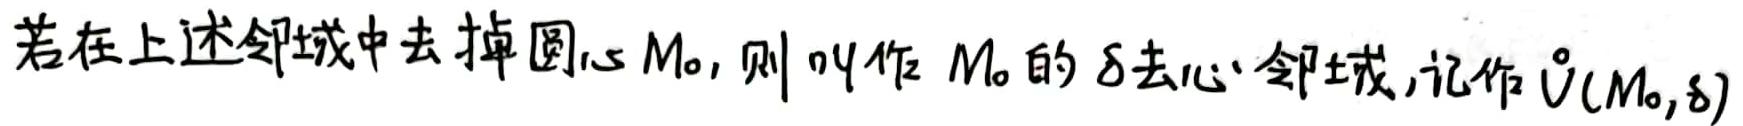
若在上述邻域中去掉圆心$M_0$，则叫作$M_0$的$\delta$去心邻域,记作$\mathring{U}(M_0,\delta)$